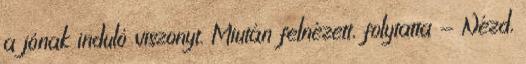
a jónak induló viszonyt. Miután felnézett, folytatta - Nézd,